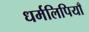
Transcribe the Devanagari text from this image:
धर्मलिपियाँ